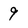
Character: 9